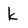
Character: k